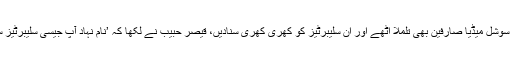
اس ویڈیو کے سامنے آنے پر سوشل میڈیا صارفین بھی تلملا اٹھے اور ان سلیبرٹیز کو کھری کھری سنادیں، قیصر حبیب نے لکھا کہ ’نام نہاد آپ جیسی سلیبرٹیز سے ہزاردرجے یہ بہتر ہے ‘۔